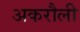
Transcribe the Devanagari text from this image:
अकरौली